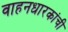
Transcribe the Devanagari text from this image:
वाहनधारकांची